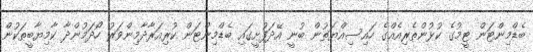
ބެޑްމިންޓަން ޓީމުގެ ކުޅުންތެރިއެއްގެ ހައިސިއްޔަތުން ބުނީ އޭދަފުށީގައި ބެޑްމިންޓަން ކުރިއަރާދާމިންވަރު ހޯދަމުންދާ ކާމިޔާބީތަކުން